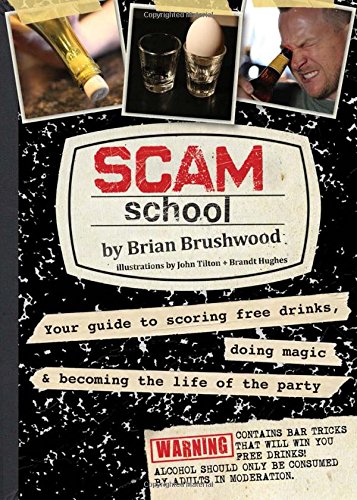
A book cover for Scam School: Your Guide to Scoring Free Drinks, Doing Magic & B; Brian Brushwood; Humor & Entertainment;